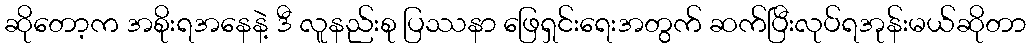
ဆိုတော့က အစိုးရအနေနဲ့ ဒီ လူနည်းစု ပြဿနာ ဖြေရှင်းရေးအတွက် ဆက်ပြီးလုပ်ရအုန်းမယ်ဆိုတာ